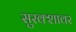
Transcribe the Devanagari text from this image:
सुरक्शावर